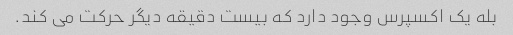
بله یک اکسپرس وجود دارد که بیست دقیقه دیگر حرکت می کند.